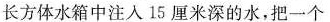
长方体水箱中注入15厘米深的水，把一个